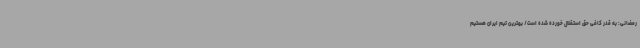
رمضانی: به قدر کافی حق استقلال خورده شده است/ بهترین تیم ایران هستیم